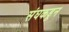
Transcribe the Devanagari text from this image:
संघकडून